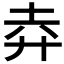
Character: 𢌻